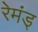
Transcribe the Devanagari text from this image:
रेमंड्